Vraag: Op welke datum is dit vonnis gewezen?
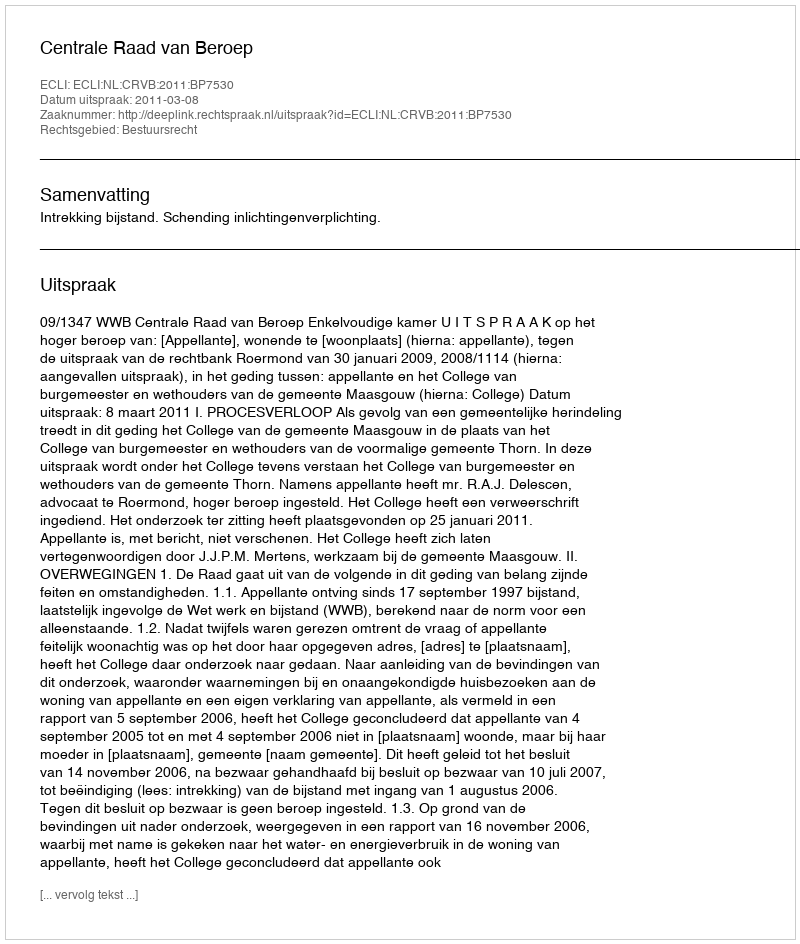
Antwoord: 2011-03-08